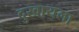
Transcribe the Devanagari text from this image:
दुखायला